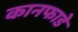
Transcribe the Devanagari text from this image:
कानफाडे